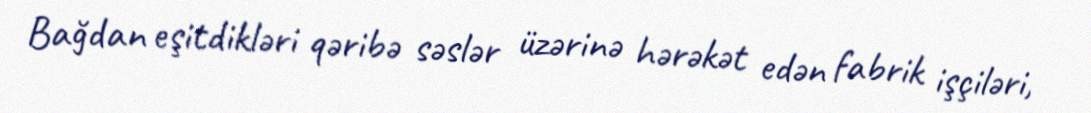
Bağdan eşitdikləri qəribə səslər üzərinə hərəkət edən fabrik işçiləri,